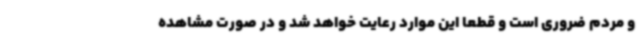
و مردم ضروری است و قطعا این موارد رعایت خواهد شد و در صورت مشاهده